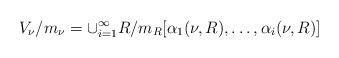
LaTeX: \begin{align*} V_{\nu}/m_{\nu}=\cup_{i=1}^{\infty} R/m_R[\alpha_1(\nu,R),\ldots,\alpha_i(\nu,R)] \end{align*}